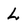
Character: L